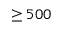
\geq 5 0 0